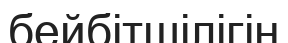
бейбітшілігін